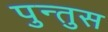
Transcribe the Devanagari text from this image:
पुन्तुस